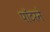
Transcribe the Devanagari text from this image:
पॉटरने